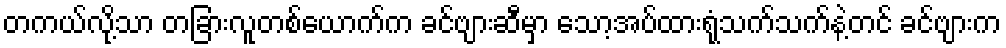
တကယ်လို့သာ တခြားလူတစ်ယောက်က ခင်ဗျားဆီမှာ သော့အပ်ထားရုံသက်သက်နဲ့တင် ခင်ဗျားက